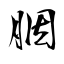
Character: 胭